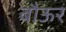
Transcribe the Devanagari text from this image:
बौऊर